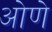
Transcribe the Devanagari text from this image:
ओणे